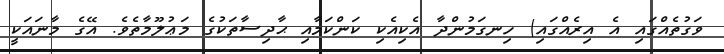
ވަގުތެއްގައި އެ އިރެއްގައި) ހިނގަމުންދާ އެކިއެކި ކަންކަމާއި ޙާދިސާތަކުގެ މަޢުލޫމާތެވެ. އޭގެ މާނައަކީ